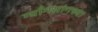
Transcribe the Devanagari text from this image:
ग्याँगसांगच्या